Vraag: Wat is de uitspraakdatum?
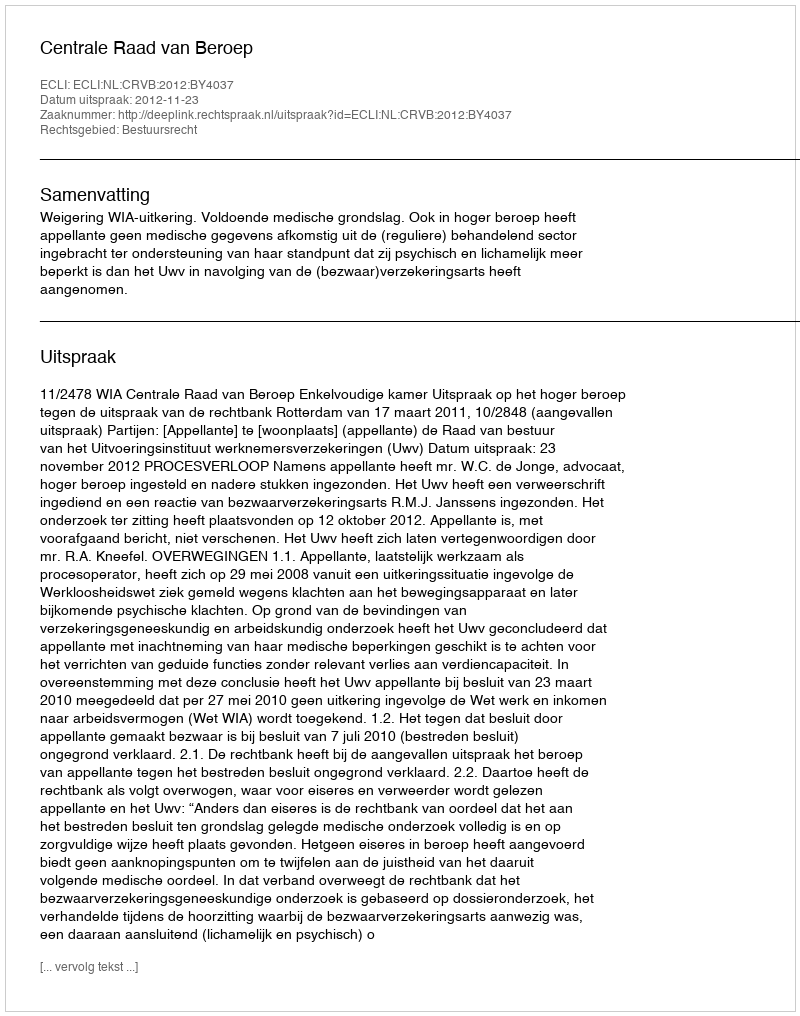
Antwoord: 2012-11-23